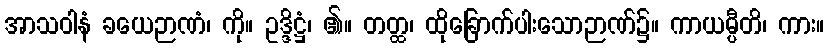
အာသဝါနံ ခယေဉာဏံ၊ ကို။ ဥဒ္ဒိဋ္ဌံ၊ ၏။ တတ္ထ၊ ထိုခြောက်ပါးသောဉာဏ်၌။ ကာယမ္ပီတိ၊ ကား။